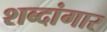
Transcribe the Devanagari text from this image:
शब्दांगार